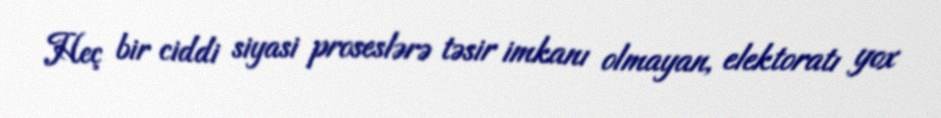
Heç bir ciddi siyasi proseslərə təsir imkanı olmayan, elektoratı yox